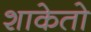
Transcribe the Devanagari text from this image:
शाकेतो